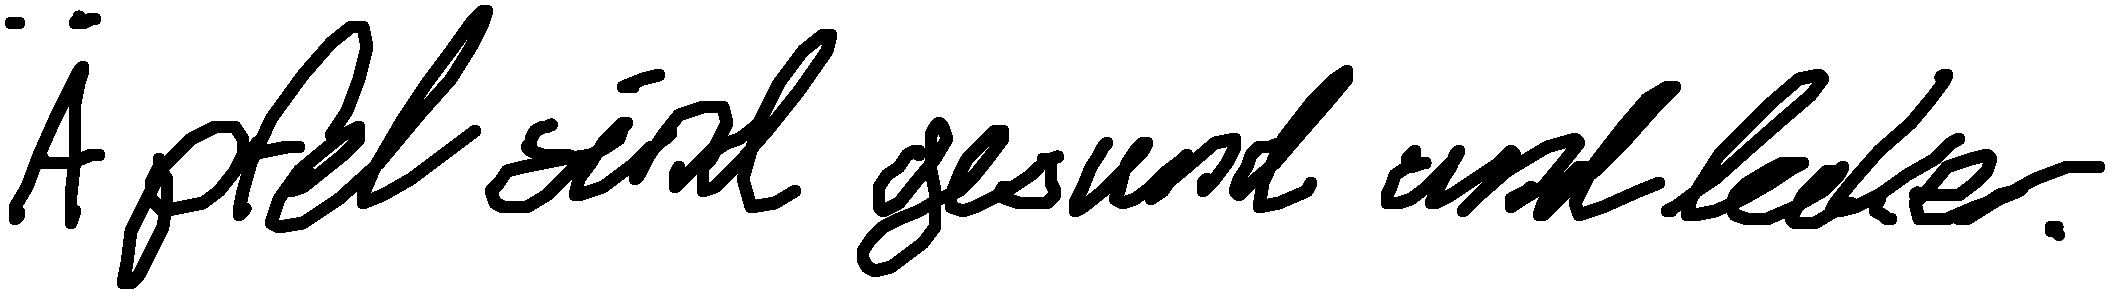
Äpfel sind gesund und lecker.